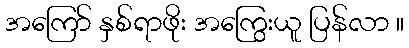
အကြော် နှစ်ရာဖိုး အကြွေးယူ ပြန်လာ ။